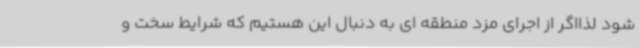
شود لذااگر از اجرای مزد منطقه ای به دنبال این هستیم که شرایط سخت و